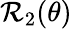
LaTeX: \mathcal{R}_{2}(\theta)